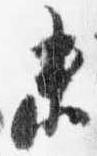
未